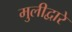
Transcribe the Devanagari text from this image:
मुलीद्वारे